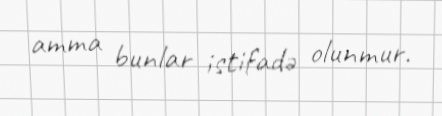
amma bunlar istifadə olunmur.